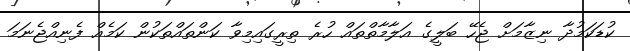
ކުޑަކަމުދާ ނިޒާމަށް ޖެހޭ ބަލީގެ އަލާމާތްތައް ހުރެ ތިރީގައިމިވާ ކަންތައްތަކުން ކަމެއް ފެނިއްޖެނަމަ